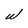
Character: w